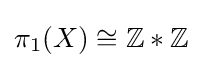
\pi _{1}(X)\cong \mathbb {Z} *\mathbb {Z}